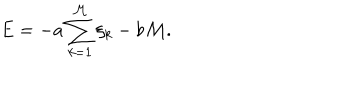
E = - a \sum _ { k = 1 } ^ { \mathcal M } \xi _ { k } - b { \mathcal M } .